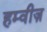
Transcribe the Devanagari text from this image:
हम्वीज़